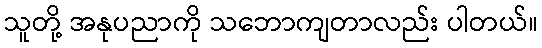
သူတို့ အနုပညာကို သဘောကျတာလည်း ပါတယ်။